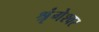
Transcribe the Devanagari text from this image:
श्रृंगेश्‍वर